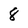
Character: 8